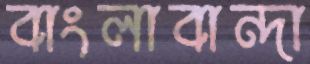
বাংলাবান্দা